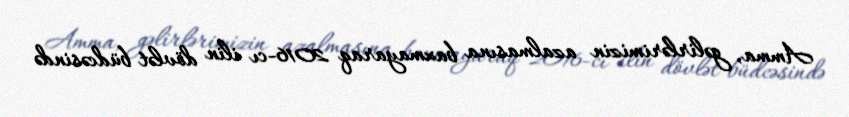
Amma, gəlirlərimizin azalmasına baxmayaraq 2016-cı ilin dövlət büdcəsində